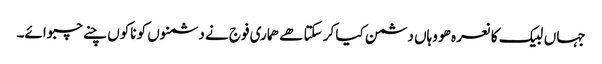
جہاں لبیک کا نعرہ ھو وہاں دشمن کیا کر سکتا ھے ھماری فوج نے دشمنوں کو ناکوں چنے چبوائے۔